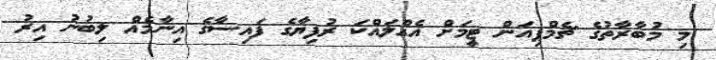
މި މުބާރާތުގެ ޗެމްޕިއަން ޓީމަށް އެއްލައްކަ ރުފިޔާގެ ފައިސާގެ އިނާމެއް ލިބުނު އިރު